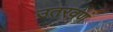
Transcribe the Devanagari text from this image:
उतरवणं